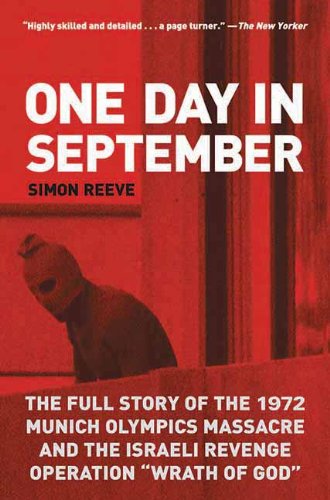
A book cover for One Day in September: The Full Story of the 1972 Munich Olympics Massacre and the Israeli Revenge Operation "Wrath of God"; Simon Reeve; Sports & Outdoors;